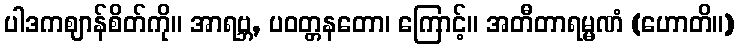
ပါဒကဈာန်စိတ်ကို။ အာရဗ္ဘ, ပဝတ္တနတော၊ ကြောင့်။ အတီတာရမ္မဏံ (ဟောတိ။)